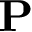
\mathbf { P }